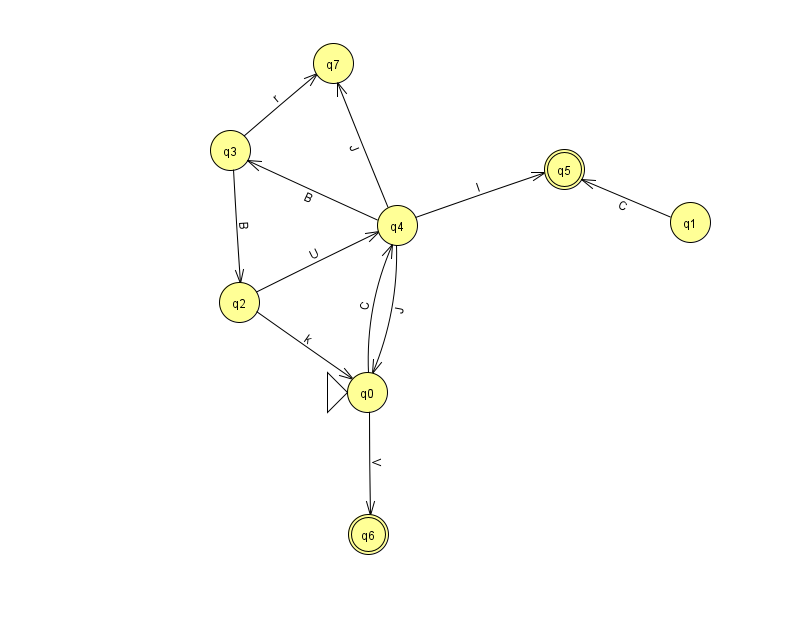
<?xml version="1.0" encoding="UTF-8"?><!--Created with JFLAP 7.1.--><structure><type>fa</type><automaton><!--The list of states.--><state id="0" name="q0"><x>367.0</x><y>379.0</y><initial/></state><state id="1" name="q1"><x>690.0</x><y>209.0</y></state><state id="2" name="q2"><x>239.0</x><y>289.0</y></state><state id="3" name="q3"><x>230.0</x><y>137.0</y></state><state id="4" name="q4"><x>397.0</x><y>212.0</y></state><state id="5" name="q5"><x>564.0</x><y>156.0</y><final/></state><state id="6" name="q6"><x>368.0</x><y>521.0</y><final/></state><state id="7" name="q7"><x>333.0</x><y>50.0</y></state><!--The list of transitions.--><transition><from>2</from><to>4</to><read>U</read></transition><transition><from>4</from><to>0</to><read>J</read></transition><transition><from>2</from><to>0</to><read>k</read></transition><transition><from>4</from><to>7</to><read>J</read></transition><transition><from>4</from><to>5</to><read>l</read></transition><transition><from>3</from><to>7</to><read>r</read></transition><transition><from>4</from><to>3</to><read>B</read></transition><transition><from>0</from><to>4</to><read>C</read></transition><transition><from>1</from><to>5</to><read>C</read></transition><transition><from>0</from><to>6</to><read>V</read></transition><transition><from>3</from><to>2</to><read>B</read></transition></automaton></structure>